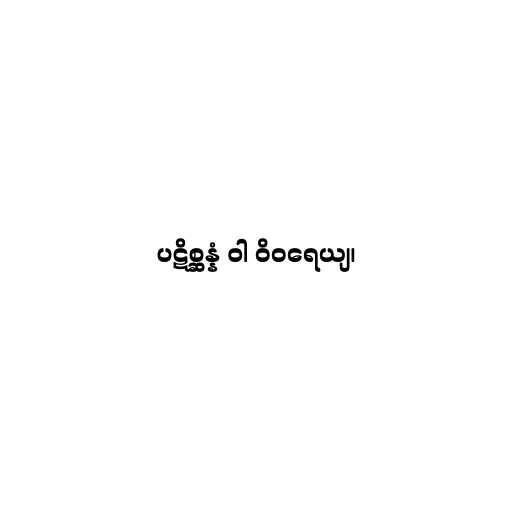
ပဋိစ္ဆန္နံ ဝါ ဝိဝရေယျ၊